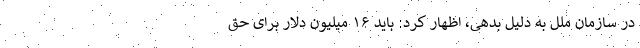
در سازمان ملل به دلیل بدهی، اظهار کرد: باید ۱۶ میلیون دلار برای حق